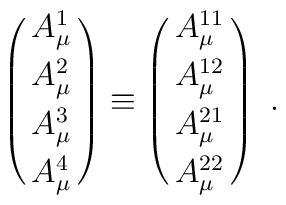
\left(\matrix{A^1_{\mu}\cr \noalign{\vskip3pt}              A^2_{\mu}\cr \noalign{\vskip3pt}              A^3_{\mu}\cr \noalign{\vskip3pt}              A^4_{\mu} } \right)\equiv\left(\matrix{A^{11}_{\mu}\cr \noalign{\vskip3pt}              A^{12}_{\mu}\cr \noalign{\vskip3pt}              A^{21}_{\mu}\cr \noalign{\vskip3pt}              A^{22}_{\mu} }\right)\ .